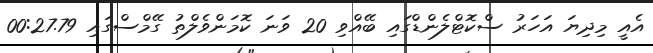
އެއީ މިދިޔަ އަހަރު ސްކޮޓްލެންޑްގައި ބޭއްވި 20 ވަނަ ކޮމަންވެލްތު ގޭމްސްގައި 00:27.79